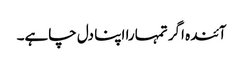
آئندہ اگر تمہارا اپنا دل چاہے۔